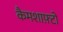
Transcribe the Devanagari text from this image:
कैमशाफ़्टों